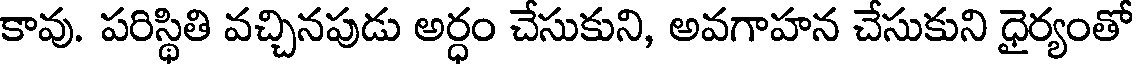
కావు. పరిస్థితి వచ్చినపుడు అర్ధం చేసుకుని, అవగాహన చేసుకుని ధైర్యంతో